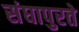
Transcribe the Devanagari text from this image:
संघापुरते